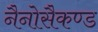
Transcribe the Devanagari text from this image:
नैनोसैकण्ड